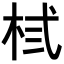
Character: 𪲃